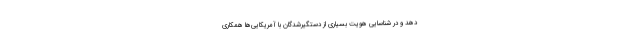
دهد و در شناسایی هویت بسیاری از دستگیرشدگان با آمریکایی‌ها همکاری